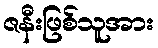
ဇနီးဖြစ်သူအား